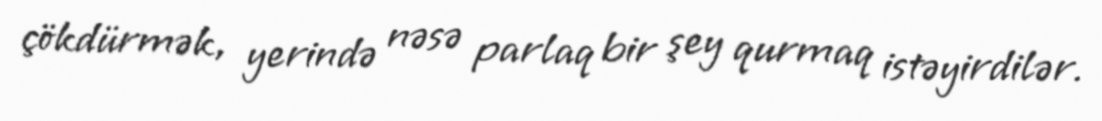
çökdürmək, yerində nəsə parlaq bir şey qurmaq istəyirdilər.